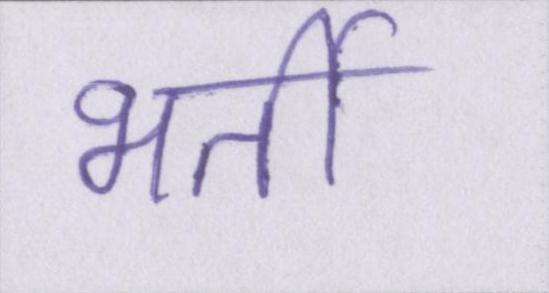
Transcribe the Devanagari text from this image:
भर्ती